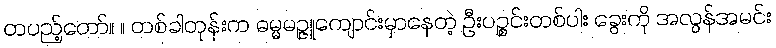
တပည့်တော်။ ။ တစ်ခါတုန်းက ဓမ္မမဉ္ဇူကျောင်းမှာနေတဲ့ ဦးပဉ္စင်းတစ်ပါး ခွေးကို အလွန်အမင်း